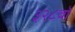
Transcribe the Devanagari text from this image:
३२८वॉ